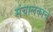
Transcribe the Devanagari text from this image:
संचालकांचे